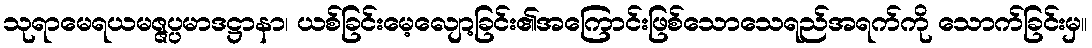
သုရာမေရယမဇ္ဇပ္ပမာဒဋ္ဌာနာ၊ ယစ်ခြင်းမေ့လျော့ခြင်း၏အကြောင်းဖြစ်သောသေရည်အရက်ကို သောက်ခြင်းမှ။